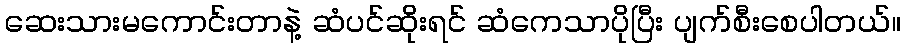
ဆေးသားမကောင်းတာနဲ့ ဆံပင်ဆိုးရင် ဆံကေသာပိုပြီး ပျက်စီးစေပါတယ်။